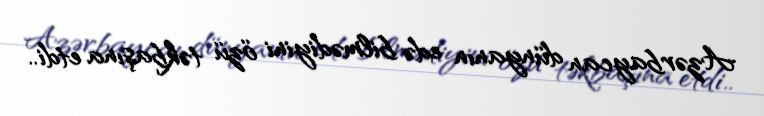
Azərbaycan dünyanın edə bilmədiyini özü təkbaşına etdi..